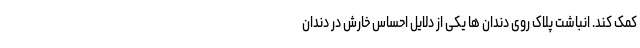
کمک کند. انباشت پلاک روی دندان ها یکی از دلایل احساس خارش در دندان